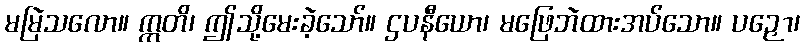
မမြဲသလော။ ဣတိ၊ ဤသို့မေးခဲ့သော်။ ဌပနီယော၊ မဖြေဘဲထားအပ်သော။ ပဉှော၊